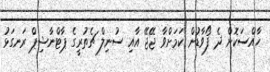
ހާއްސަކޮށް ދެ ފޯވާޑުން ކަމަށްވާ ޖޭޖޭ އާއި ސުނިލް ޗެތުރީގެ ޕާޓްނާޝިޕް ރަނގަޅު